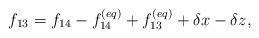
LaTeX: \begin{align*}{f_{13}} = {f_{14}} - f_{14}^{\left( {eq} \right)} + f_{13}^{\left( {eq} \right)} + \delta x - \delta z,\end{align*}